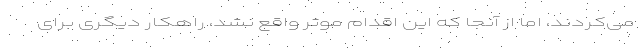
می‌کردند، اما از آنجا که این اقدام موثر واقع نشد، راهکار دیگری برای